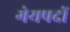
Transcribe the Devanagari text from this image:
गेयपदों